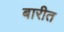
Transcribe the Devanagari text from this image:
बारीत